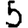
Digit: 5